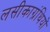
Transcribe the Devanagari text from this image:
लसीकाग्रंथियों